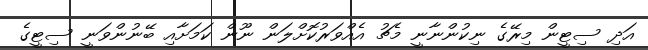
އަދި ސިޓީން މިރޭގެ ނިކުންނާނީ މެޗު އެއްވަރުކޮށްލަން ނޫން ކަމަށާއި ބޭނުންވަނީ ސިޓީގެ